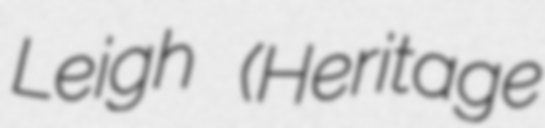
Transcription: Leigh (Heritage